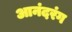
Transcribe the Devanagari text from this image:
आनंदरंग